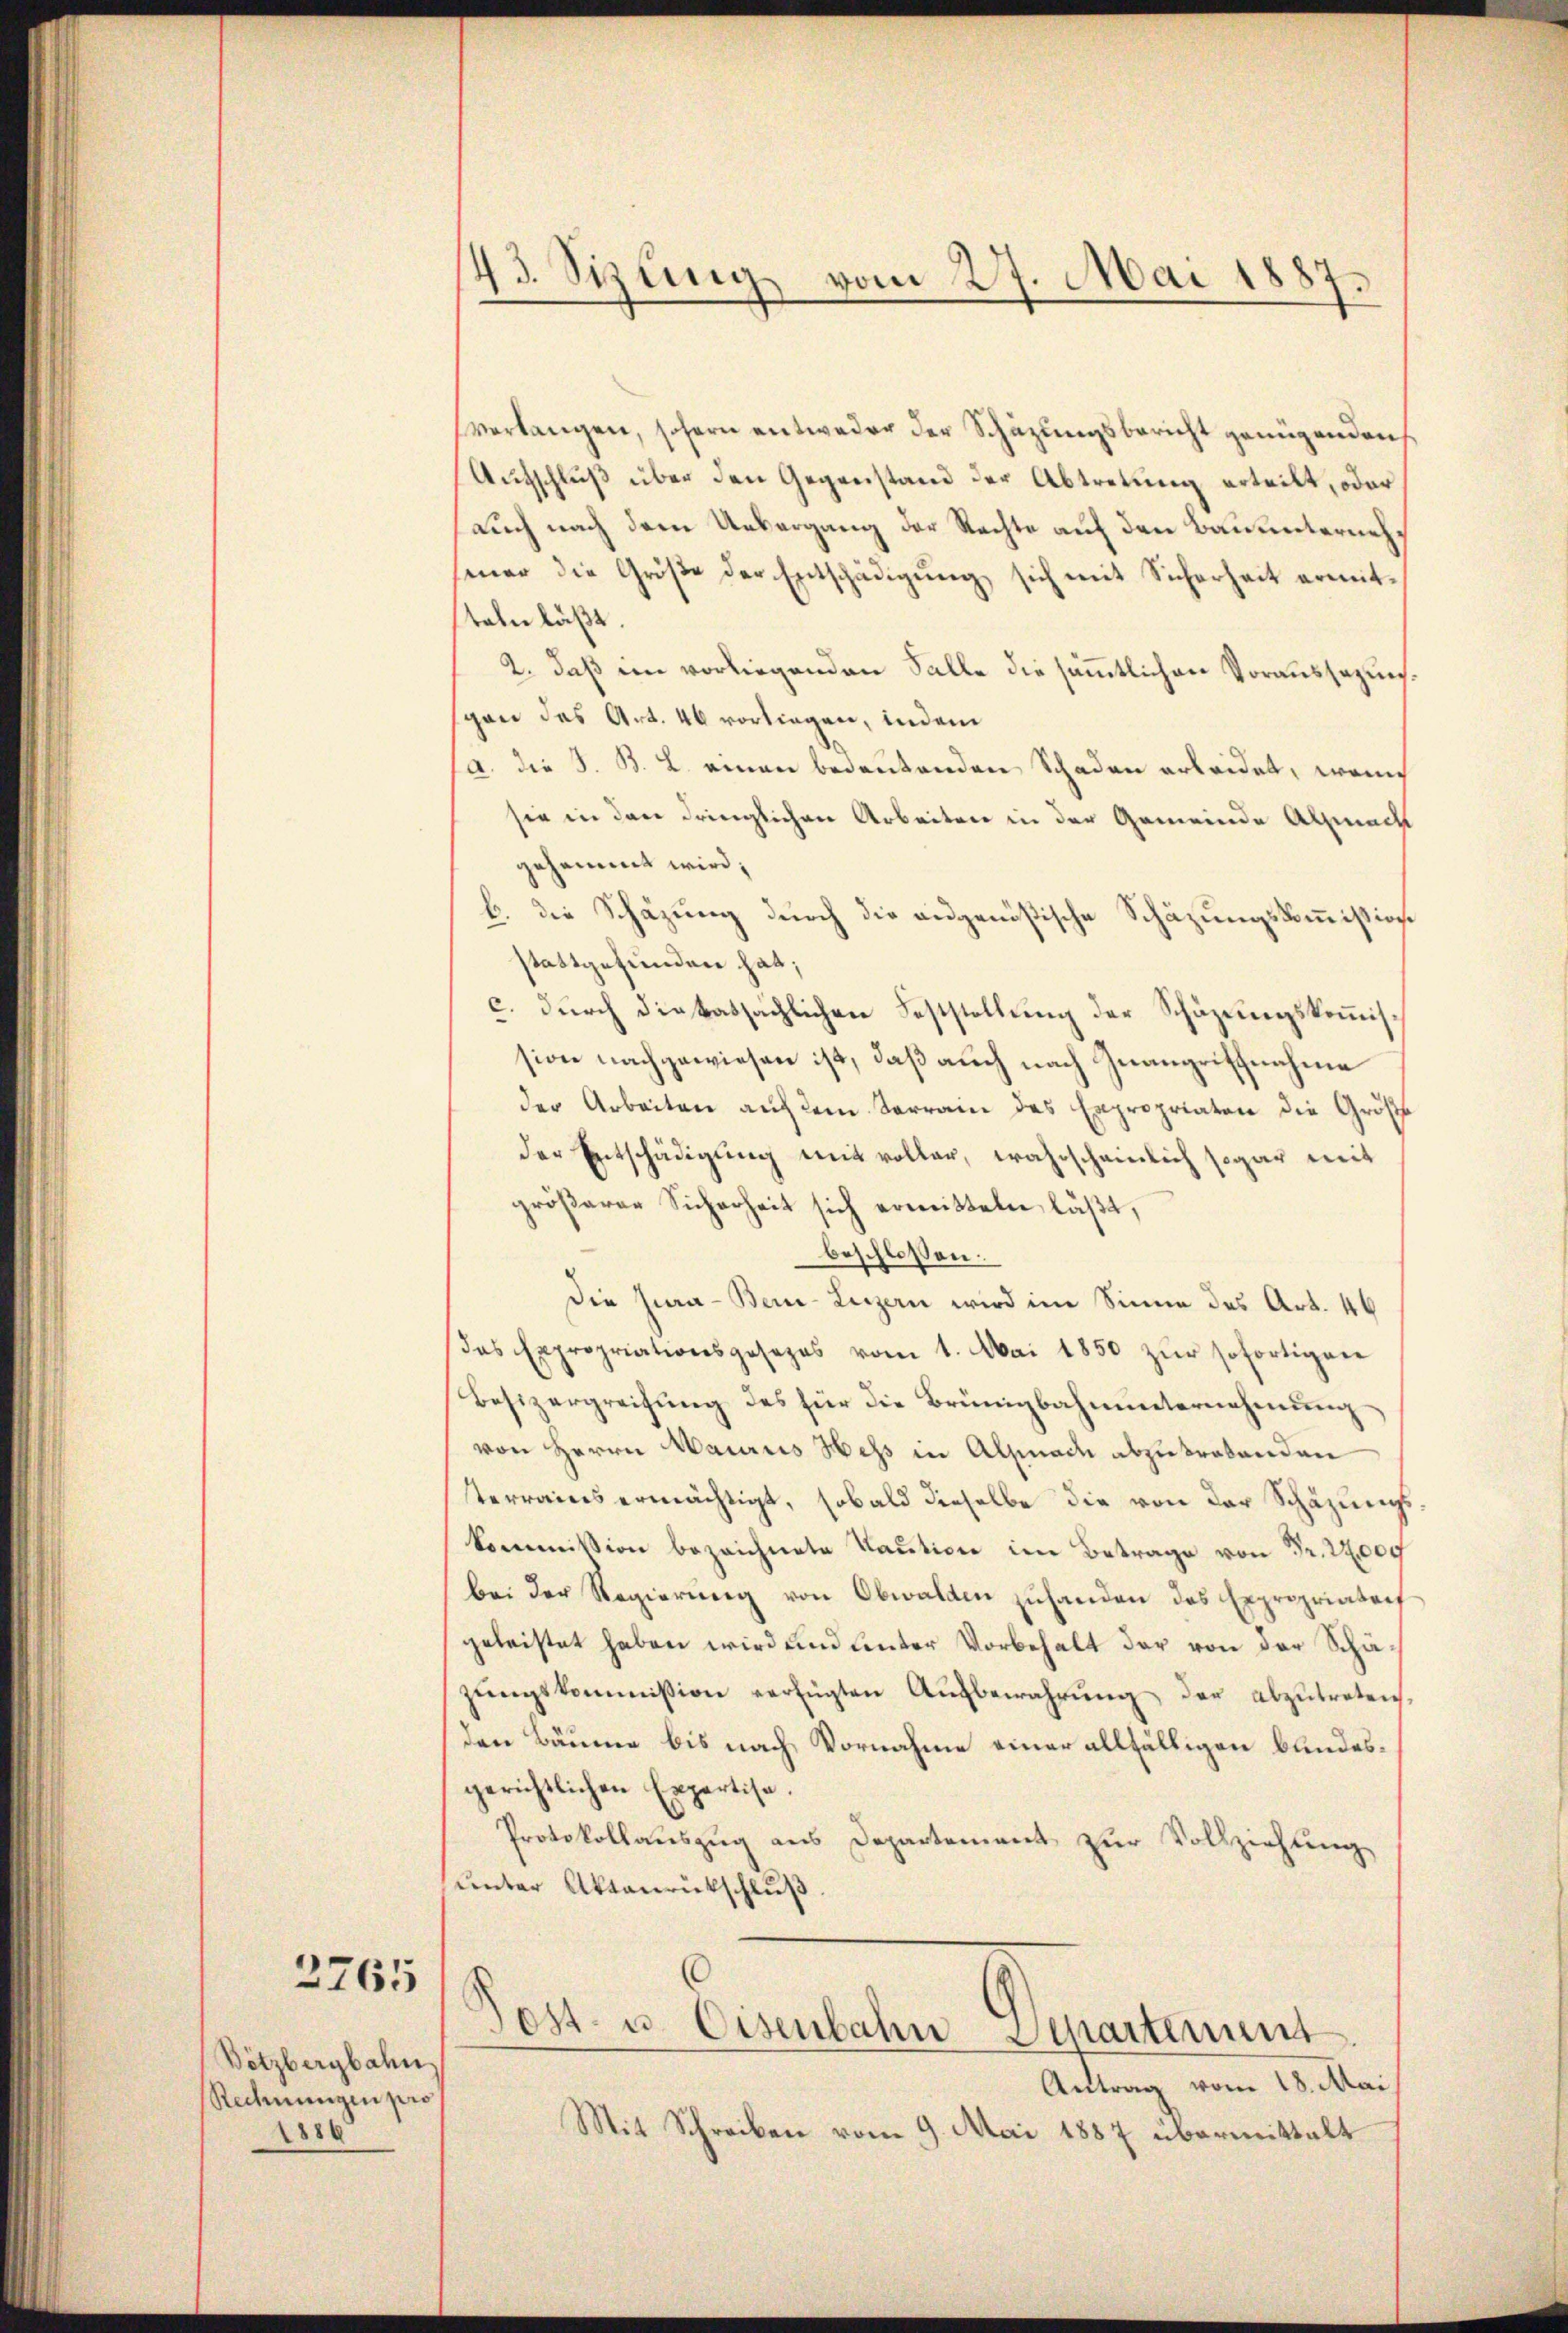
2765

Bötzbergbahn
Rechnungen pro
286

verlangen, sofern entweder der Schazungsbericht genügenden
Aufschluß über den Gegenstand der Abtretung erteilt, oder
auch nach dem Uebergang der Rechte auf den Bauunternehseŭer die Größe der Entschädigŭng sich mit Sicherheit ermit-
steln läßt.
2., daß im vorliegenden Falle die sämmtlichen Voraussezunggan das Art. 46 vorliegen, indem
a. die S. B. L. einen bedeutenden Schaden erleidet, wenn
sie in den dringlichen Arbeiten in der Gemeinde Almach
gesammt wird;
b. die Schäzung durch die angenößische Schazungskommißion
stattgefunden hat;
c. durch dietatsächlichen Feststellung der Schäztungskommission nachgewiesen ist, daß auch nach Inangriffnahme
der Arbeiten aŭf dem Terrain des Expropriaten die Größ
der Entschädigung mit voller, wahrscheinlich sogar mit
größerer Sicherheit sich ermitteln, läßt,
beschlossen:
Die Jura - Bei-Luzern wird im Sinne des Art. 46
das Expropriationsgesezes vom 1. Mai 1850 zŭr sofortigen
Besizergreifung des für die Brünigbahnunternehmung
von Herrn Mauriis Hess in Alpnade abzutretenden
terrains ermächtigt, sobald dieselbe die von der Schäzungskommißion bezeichnete Kaution im Betrage von Fr. 22,000
bei der Regierŭng von Obwalden zŭ handen das Expropriaterf
geleistet haben wird und unter Vorbehalt der von der Schäzŭngskommission verfügten Aŭfbewahrŭng der abzutreten,
den Bäume bis nach Vornahme einer allfälligen bundesgerichtlichen Expertise.
Protokollauszug aus Departement zur Vollziehung
ŭnter Aktenrückschlŭβ
Post- u. Eisenbahn Separtinums
Antrag vom 18. Mai
Mit Schreiben vom 9. Mai 1887 übermittelt

43. Sizung vom 27. Mai 1887